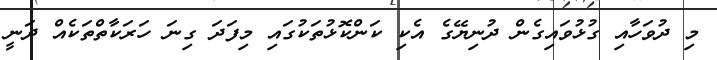
މި ދުވަހާއި ގުޅުވައިގެން ދުނިޔޭގެ އެކި ކަންކޮޅުތަކުގައި މިފަދަ ގިނަ ހަރަކާތްތަކެއް ދަނީ